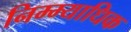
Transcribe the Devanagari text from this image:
निम्म्याधिक